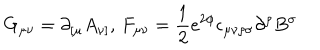
G _ { \mu \nu } = \partial _ { [ \mu } A _ { \nu ] } , \, F _ { \mu \nu } = \frac { 1 } { 2 } e ^ { 2 \phi } \epsilon _ { \mu \nu \rho \sigma } \partial ^ { \rho } B ^ { \sigma }